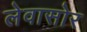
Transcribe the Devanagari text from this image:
लेवासोर